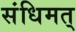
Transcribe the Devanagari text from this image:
संधिमत्